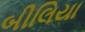
બીલિયા